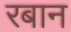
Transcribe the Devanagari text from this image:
रबान